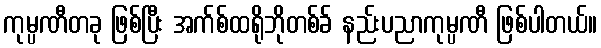
ကုမ္ပဏီတခု ဖြစ်ပြီး အက်စ်ထရိုဘိုတစ်ခ် နည်းပညာကုမ္ပဏီ ဖြစ်ပါတယ်။